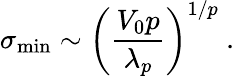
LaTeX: \sigma_{\mathrm{min}}\sim\left(\frac{V_{0}p}{\lambda_{p}}\right)^{1/p}\ .